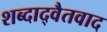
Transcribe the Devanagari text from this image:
शब्दाद्वैतवाद